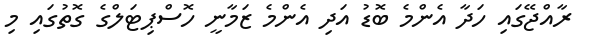
ރާއްޖޭގައި ހަދާ އެންމެ ބޮޑު އަދި އެންމެ ޒަމާނީ ހޮސްޕިޓަލްގެ ގޮތުގައި މި